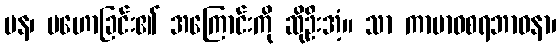
ပန၊ မဟောခြင်း၏ အကြောင်းကို ဆိုဦးအံ့။ သာ ကာမာဝစရဘာဝနာ၊